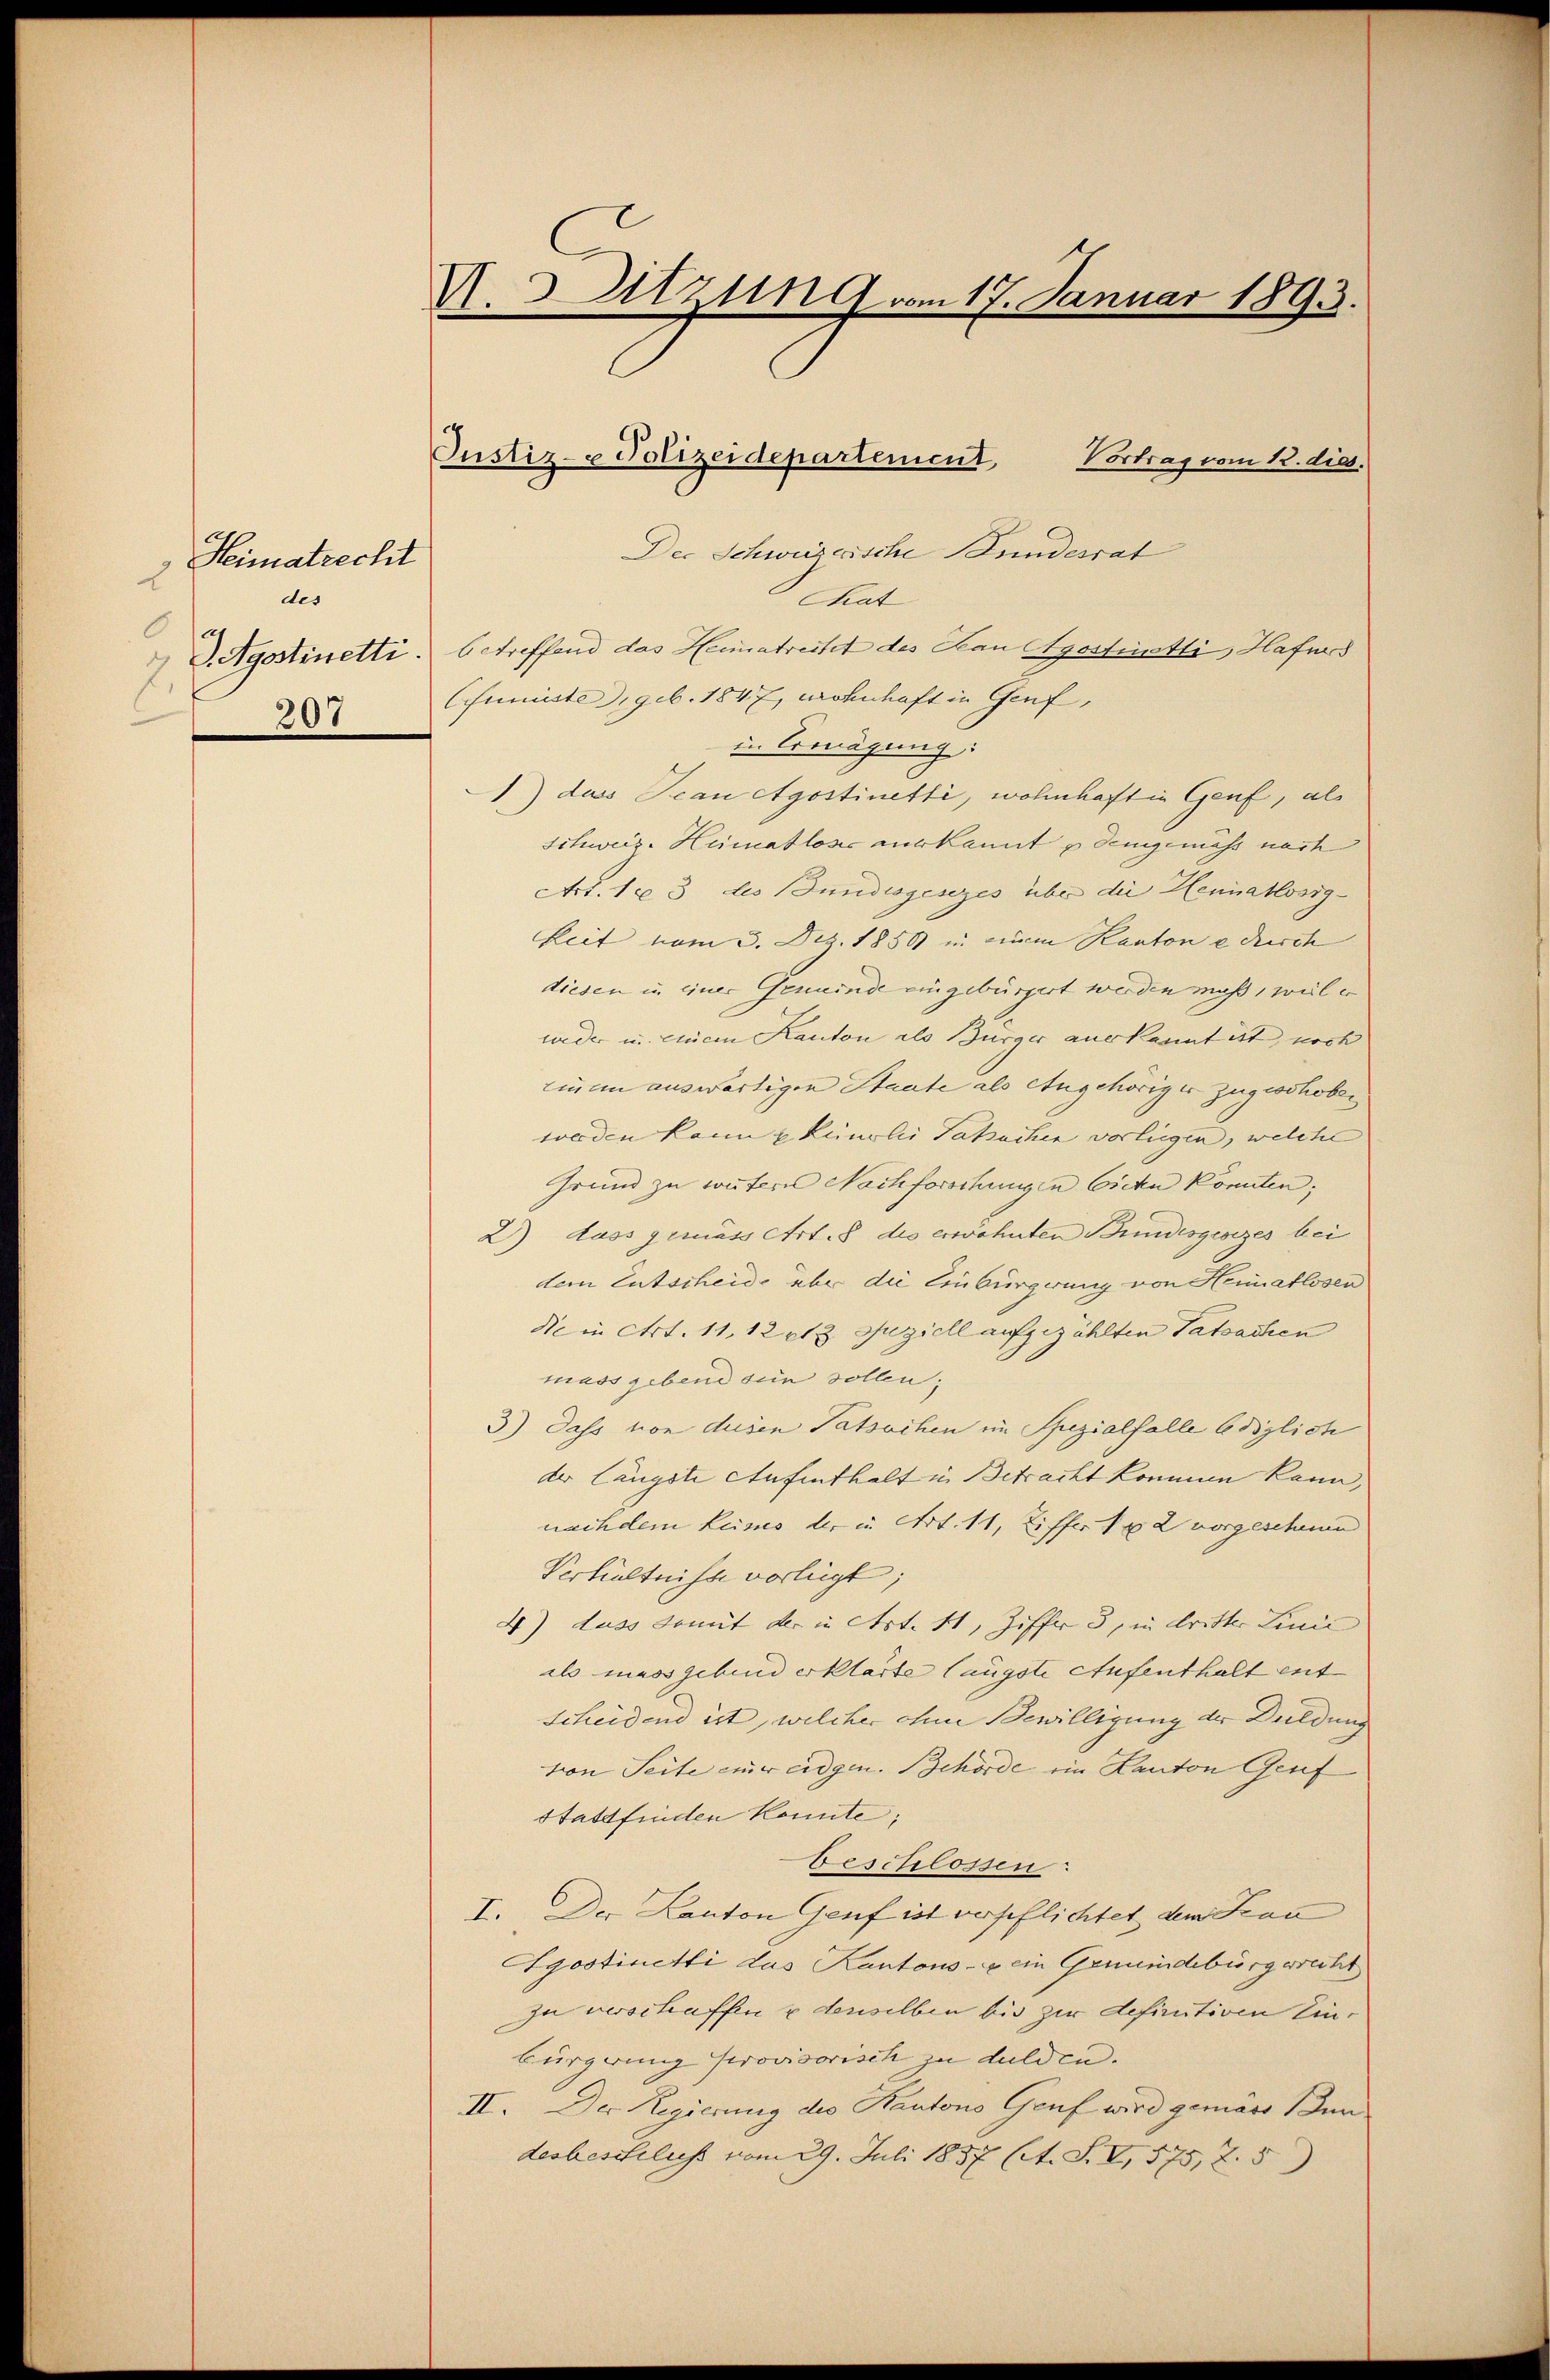
Heimatrecht
2
des
. Agostinetti.
207

U. 3 Vitrug vom 17. Januar 1893.

Justiz- & Polizeidepartement,

Vortrag vom 12. dies.
Der Schweizerische Bundesrat
Mat
betreffend das Heimatreitet des Haun Agostinetti, Hafers
funiste, geb. 1847, wohnhaft in Genf,
un Beendigung:
1) das Scan Agostinetti, wohnhaft in Genf, als
Schweiz. Heimatlose aus kannt u demgemäss nach
Art. 103 des Bundesgesezes über die Heimatlosig-
keit vom 3. Dez. 1858 in einem Kantone disch
diesen in einer Gemeinde eingebürgert werden muß, weil e
weder un einem Kanton als Bürger anerkannt ist, noch
einem auswärtigen Staate als Angehöriger zugeschoben
werden kann einlie Takuchen vorliegen, welche
Grund zu contere Nachforschungen Eichen könnten;
2) dass gemäss Art. 8 des erwohnten Bundesgesezes bei
dem Entscheide über die Einbürgerung von Heimatlosen
die in Art. 11, 12 13 Juziell aufgezählten Tatsachen
mass gebend für sollen;
3) dass von diesen Tatsachen im Spezialfalle lediglich
der längste Aufenthalt in Betracht kommen kann,
nachdem kums der u. Art. 11, Ziffer 182 vorgescheine
Verhältnisse vorlegt;
4) dass damit der in Art. 11, Ziffer 3, in dritter Linie
als massgebend erklärte längste Aufenthalt ent
scheidend ist, welcher ohne Bewilligung der Duldung
von Seite einer eidgen. Behörde im Kanton Genf
Stattfinden konnte;
beschlossen:
I. Der Kanton Genf ist verpflichtet dem Frau
Syostinetti das Kantons - ein Gemeindsbürgericht
zu verschaffen u denselben bis zur definitiven Einbürgerung provisorisch zu dulden.
II. Der Regierung des Kantons Genf wird gemass Inn
desbeschluss vom 29. Juli 1857 (lt. S. I, 575, 7:5)